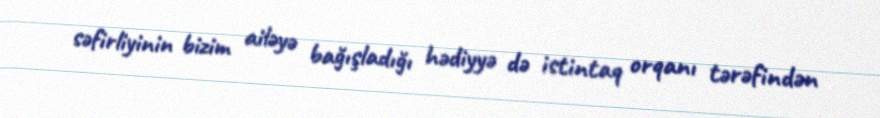
səfirliyinin bizim ailəyə bağışladığı hədiyyə də istintaq orqanı tərəfindən